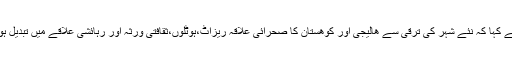
انہوں نے کہا کہ نئے شہر کی ترقی سے ھالیجی اور کوھستان کا صحرائی علاقہ ریزاٹ،ہوٹلوں،ثقافتی ورثہ اور رہائشی علاقے میں تبدیل ہوجائیگا۔